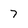
Character: 7